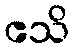
ဧသိ